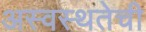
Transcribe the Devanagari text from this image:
अस्वस्थतेची